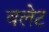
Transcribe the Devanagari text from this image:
वलेट